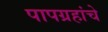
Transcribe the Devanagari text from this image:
पापग्रहांचे